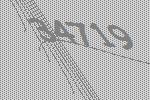
34719